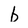
Character: b